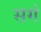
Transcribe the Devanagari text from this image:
सगं